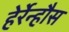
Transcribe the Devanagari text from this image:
हेर्रेन्हौस